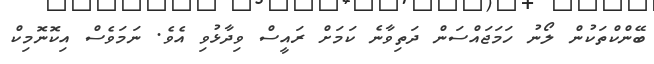
ބޭންކްތަކުން ލޯނު ހަމަޖައްސަން ދަތިވާނެ ކަމަށް ރައީސް ވިދާޅުވި އެވެ. ނަމަވެސް އިކޮނޮމިކް